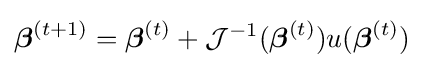
{\boldsymbol {\beta }}^{(t+1)}={\boldsymbol {\beta }}^{(t)}+{\mathcal {J}}^{-1}({\boldsymbol {\beta }}^{(t)})u({\boldsymbol {\beta }}^{(t)})